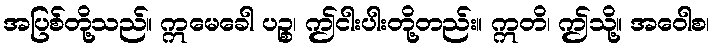
အပြစ်တို့သည်။ ဣမေခေါ ပဉ္စ၊ ဤငါးပါးတို့တည်း။ ဣတိ၊ ဤသို့။ အဝေါစ၊